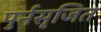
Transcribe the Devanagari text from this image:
पुर्नसृजित